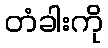
တံခါးကို